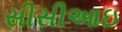
સીસીઆઇ